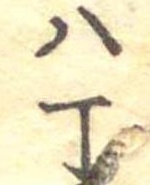
八丁